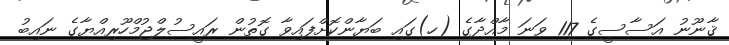
ޤާނޫނު އަސާސީގެ 117 ވަނަ މާއްދާގެ (ހ)ގައި ބަޔާންކޮށްފައިވާ ގޮތުން ރައީސުލްޖުމްހޫރިއްޔާގެ ނައިބު